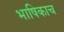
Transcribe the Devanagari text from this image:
भाषिकाच